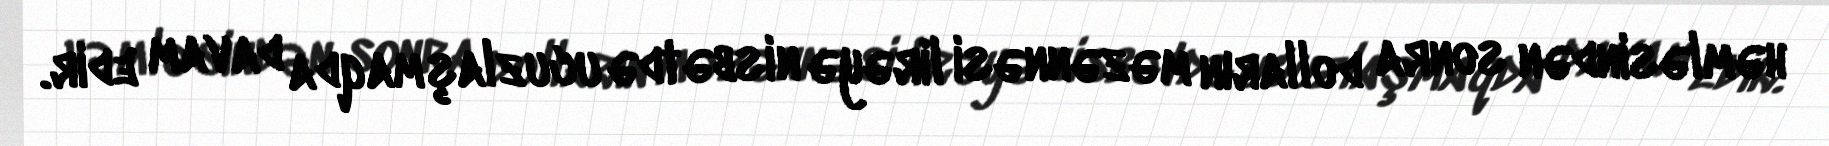
həmləsindən sonra dolların məzənnəsi lirəyə nisbətdə ucuzlaşmaqda davam edir.